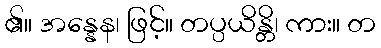
၏။ အန္နေန၊ ဖြင့်။ တပ္ပယိန္တိ၊ ကား။ တ